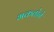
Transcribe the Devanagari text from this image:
भकतोने